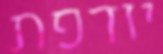
יודפת